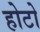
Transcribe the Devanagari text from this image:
होटो